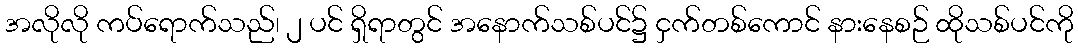
အလိုလို ကပ်ရောက်သည်၊ ၂ ပင် ရှိရာတွင် အနောက်သစ်ပင်၌ ငှက်တစ်ကောင် နားနေစဉ် ထိုသစ်ပင်ကို